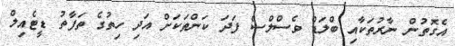
އެގޮތުން ނާރުތަކާއި ބްލަޑް ވެސްލްސް ފަދަ ކަންތަކަށް އަދި ހިތުގެ ތަފާތު ޑީޓެއިލް